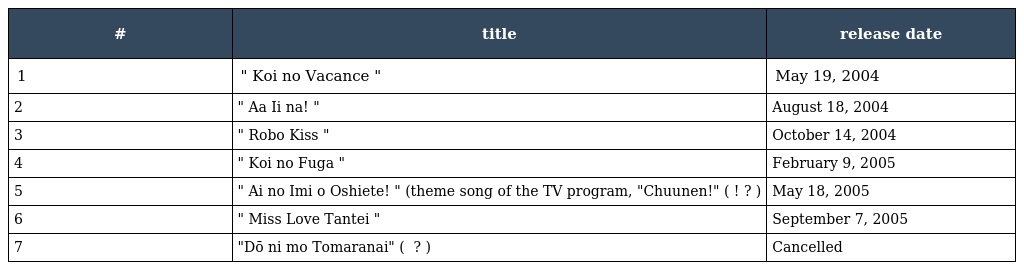
| # | title | release date |
 | --- | --- | --- |
 | 1 | " Koi no Vacance " | May 19, 2004 |
 | 2 | " Aa Ii na! " | August 18, 2004 |
 | 3 | " Robo Kiss " | October 14, 2004 |
 | 4 | " Koi no Fuga " | February 9, 2005 |
 | 5 | " Ai no Imi o Oshiete! " (theme song of the TV program, "Chuunen!" ( っちゅ～ねん! ? ) | May 18, 2005 |
 | 6 | " Miss Love Tantei " | September 7, 2005 |
 | 7 | "Dō ni mo Tomaranai" ( どうにもとまらない ? ) | Cancelled |